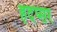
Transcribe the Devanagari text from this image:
हदप्सर